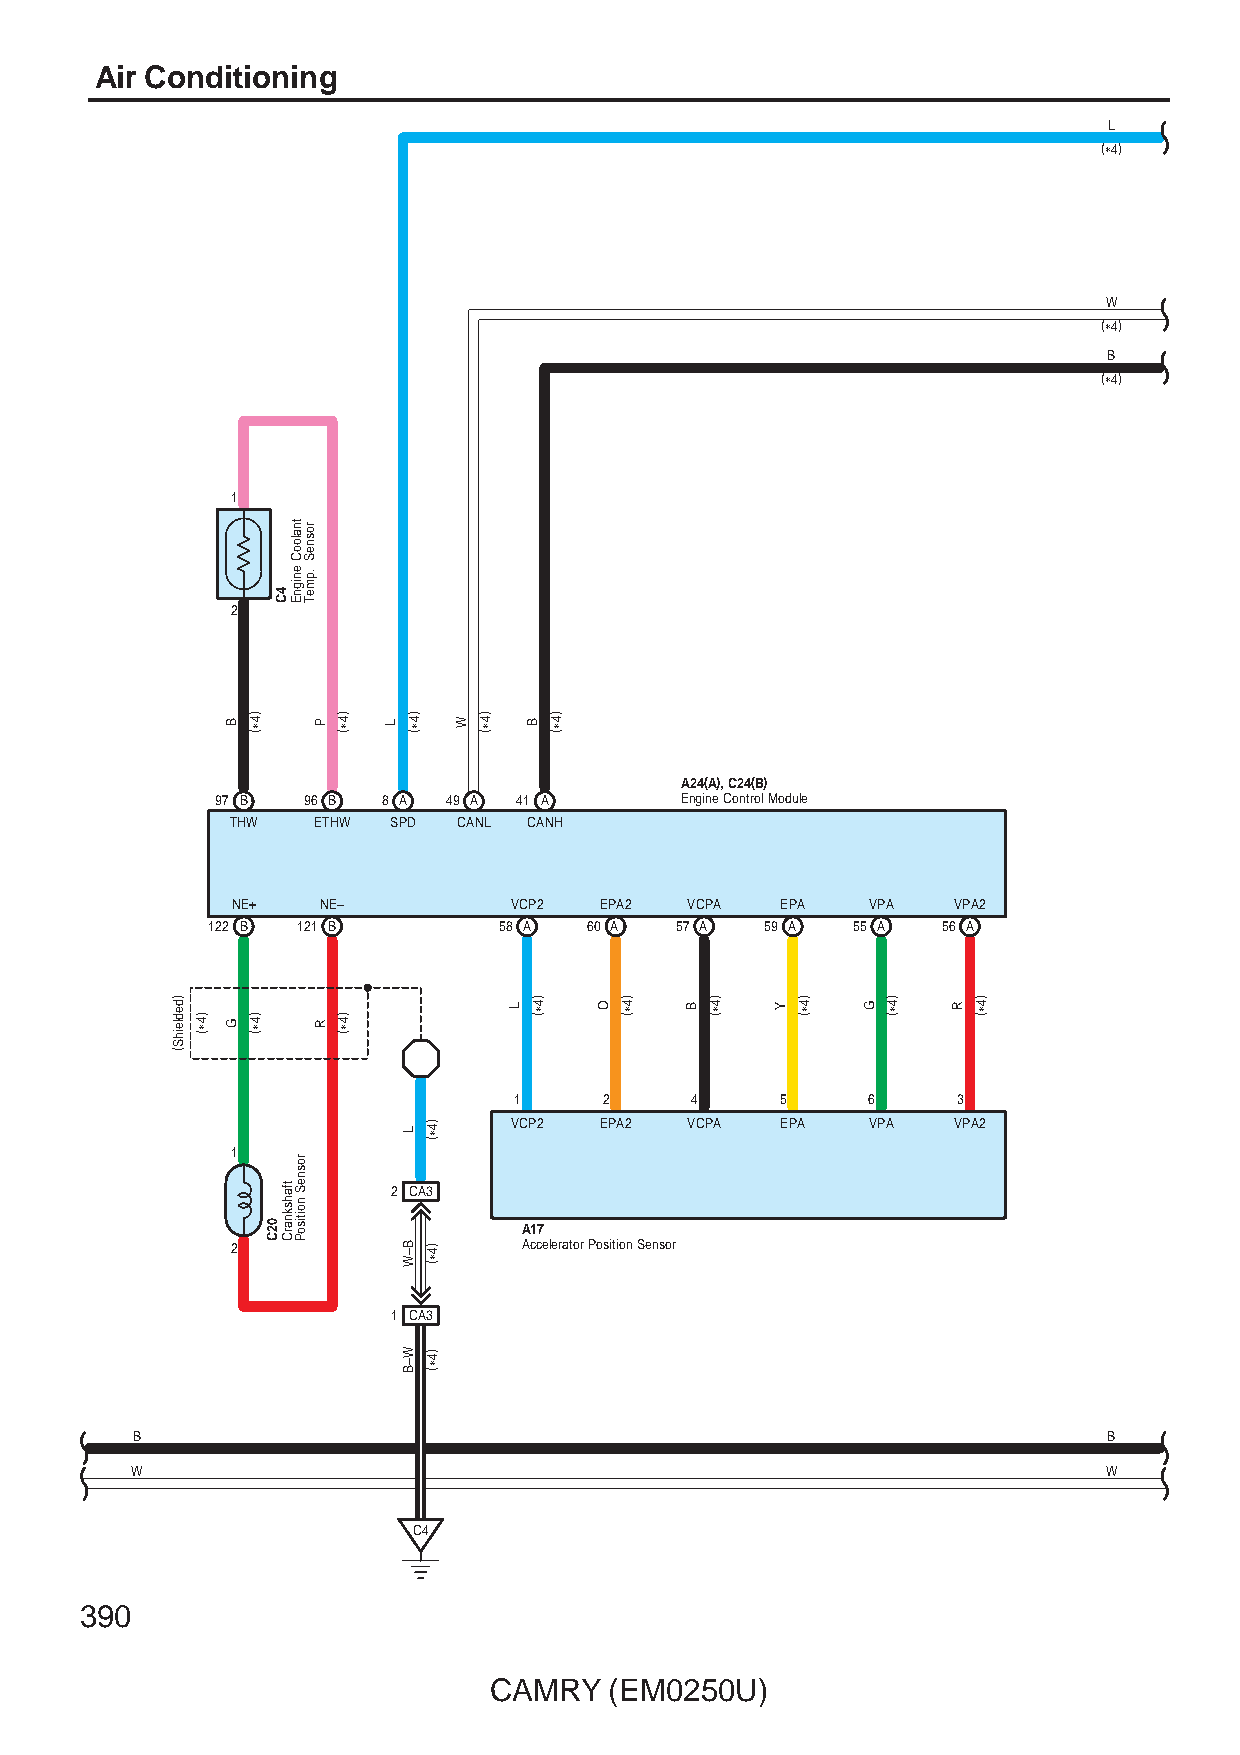
Air Conditioning
 L
 (∗4)
 W
 (∗4)
 B
 (∗4)
 1
 2
 A24(A), C24(B)
 97 B  96 B 8 A 49 A 41 A       Engine Control Module
 THW   ETHW SPD CANL CANH
 NE+   NE–          VCP2  EPA2 VCPA   EPA   VPA  VPA2
 122 B 121 B        58 A  60 A  57 A  59 A 55 A  56 A
 1     2     4     5    6     3
 VCP2  EPA2 VCPA   EPA   VPA  VPA2
 1
 2 CA3
 A17
 2                   Accelerator Position Sensor
 1 CA3
 B                                                               B
 W                                                               W
 C4
 390
 CAMRY   (EM0250U)
 ))ddeeddlleeiihhSS((
 )4∗(
 B
 G
 )4∗(
 )4∗(
 02C
 4C
 tfahsknarC
 tnalooC
 enignE
 rosneS
 noitisoP
 rosneS
 .pmeT
 P
 R
 )4∗(
 )4∗(
 L )4∗(
 L
 B–W
 W–B
 )4∗(
 )4∗(
 )4∗(
 W )4∗(
 L
 B
 )4∗(
 )4∗(
 O )4∗( B )4∗( Y )4∗( G )4∗( R )4∗(